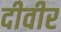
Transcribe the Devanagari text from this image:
दीवीर